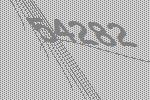
54282